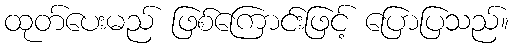
ထုတ်ပေးမည် ဖြစ်ကြောင်းဖြင့် ပြောပြသည်။